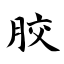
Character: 胶